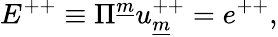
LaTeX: E^{++}\equiv\Pi^{\underline{{m}}}u_{\underline{{m}}}^{++}=e^{++},